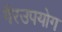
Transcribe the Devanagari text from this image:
गैरउपयोग